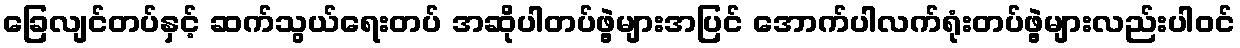
ခြေလျင်တပ်နှင့် ဆက်သွယ်ရေးတပ် အဆိုပါတပ်ဖွဲ့များအပြင် အောက်ပါလက်ရုံးတပ်ဖွဲ့များလည်းပါဝင်